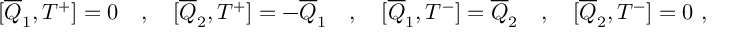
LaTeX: [ \overline { { { Q } } } _ { 1 } , T ^ { + } ] = 0 \quad , \quad [ \overline { { { Q } } } _ { 2 } , T ^ { + } ] = - \overline { { { Q } } } _ { 1 } \quad , \quad [ \overline { { { Q } } } _ { 1 } , T ^ { - } ] = \overline { { { Q } } } _ { 2 } \quad , \quad [ \overline { { { Q } } } _ { 2 } , T ^ { - } ] = 0 \ ,